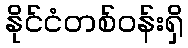
နိုင်ငံတစ်ဝန်းရှိ